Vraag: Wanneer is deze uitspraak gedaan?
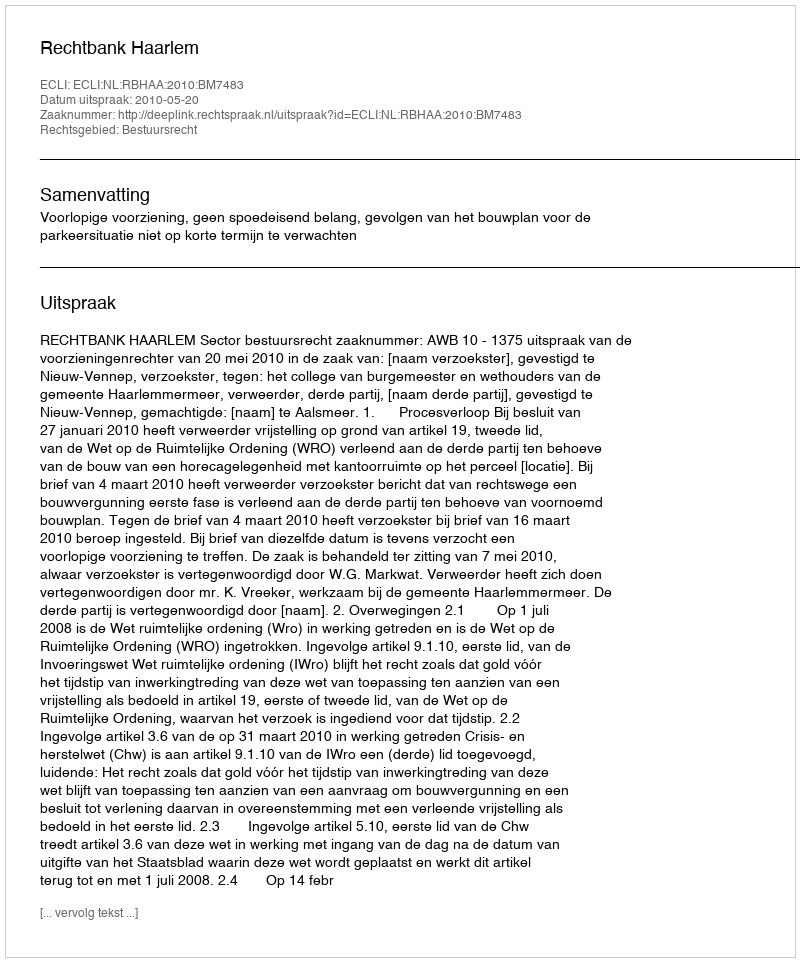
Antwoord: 2010-05-20